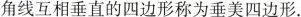
角线互相垂直的四边形称为垂美四边形。